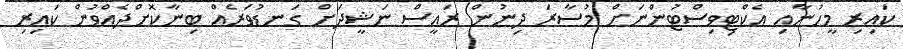
ކައިރި މީހުނާއި އެކްޓިވިސްޓުންނަށް މުސާރަ ދިނުން ރައީސް ނަޝީދަށް ގަނޑުވަރެއް ބިނާކޮށްދެއްވުން ކައިރި